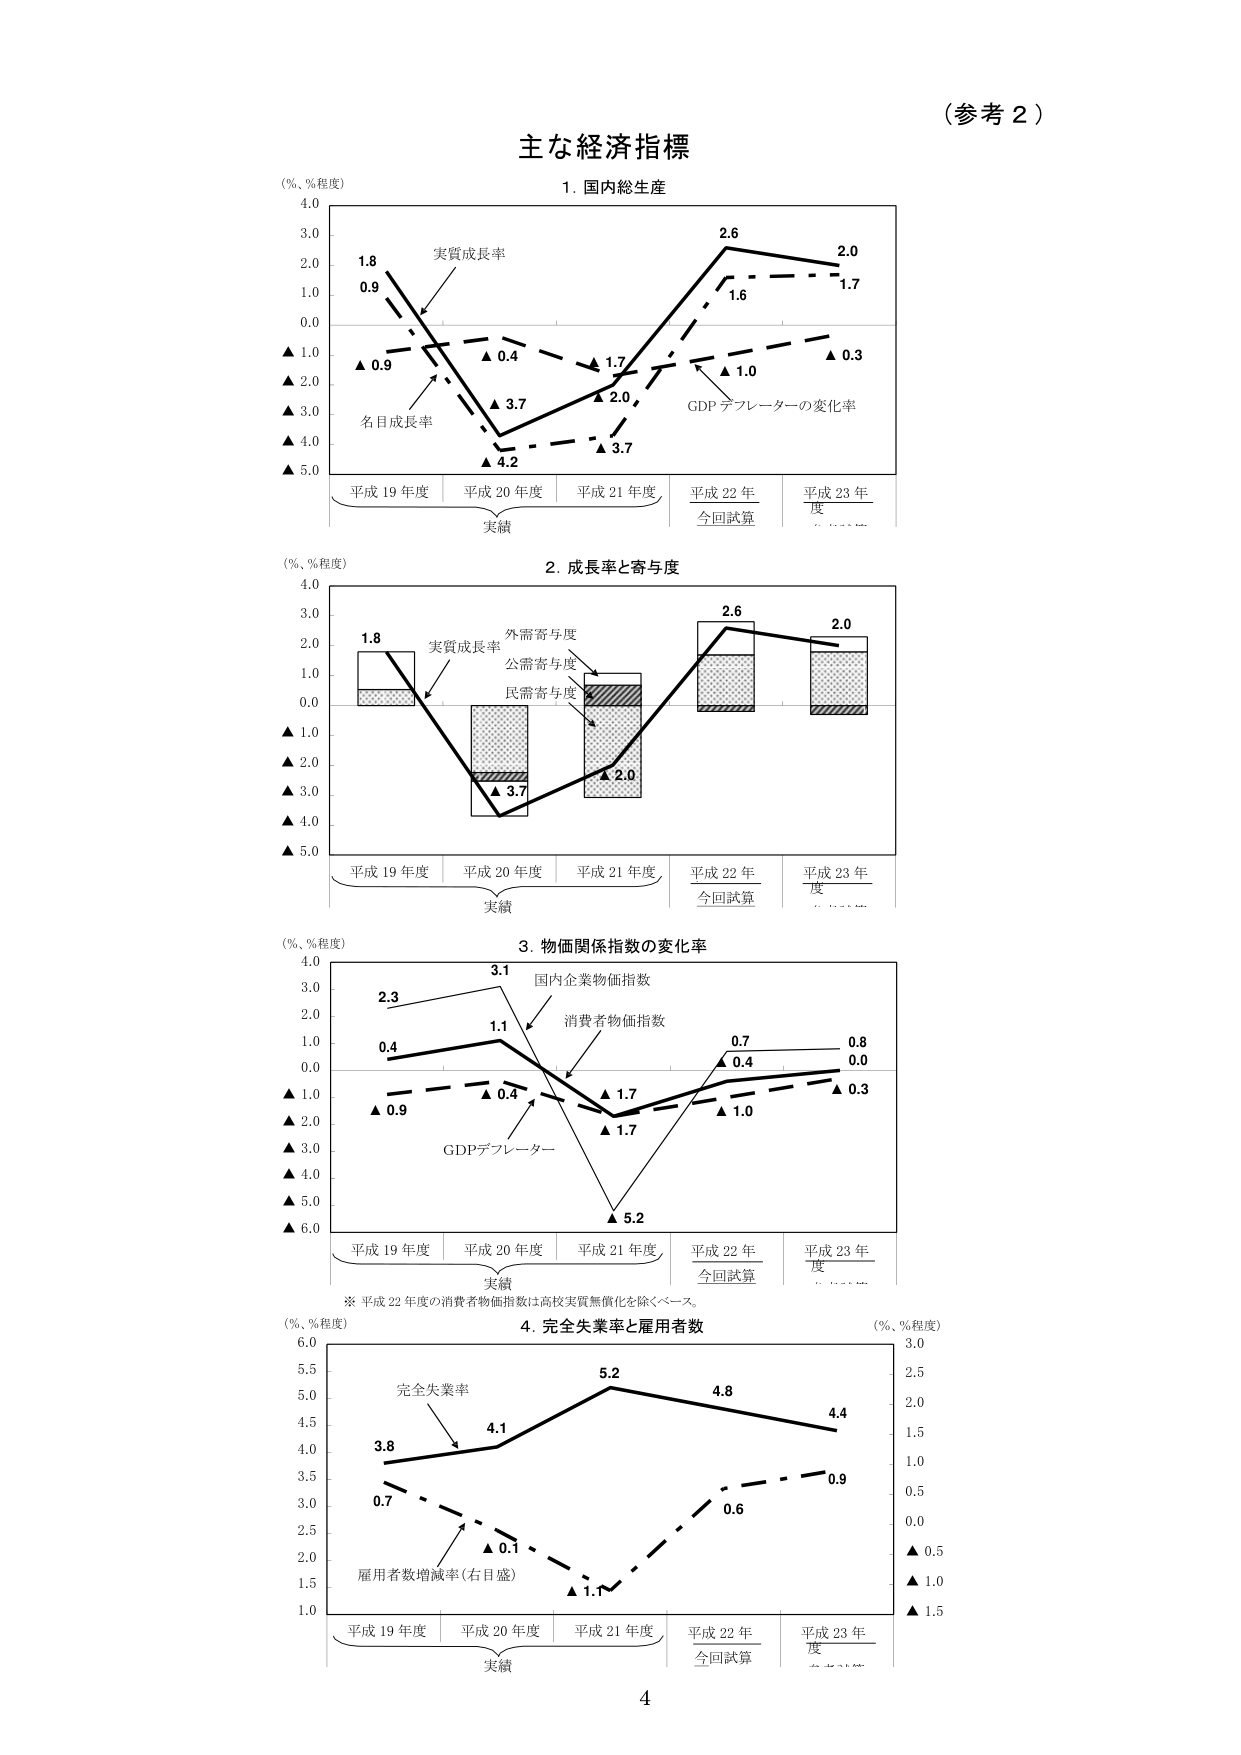
(参考 2)

主な経済指標

1. 国内総生産
(%, %程度)
4.0
3.0
2.0
1.0
0.0
▲ 1.0
▲ 2.0
▲ 3.0
▲ 4.0
▲ 5.0
1.8
0.9
実質成長率
▲ 0.9
名目成長率
▲ 0.4
▲ 1.7
▲ 2.0
▲ 3.7
▲ 4.2
▲ 3.7
2.6
1.6
GDP デフレーターの変化率
▲ 1.0
▲ 0.3
2.0
1.7
平成 19 年度 平成 20 年度 平成 21 年度 平成 22 年度 平成 23 年度
実績 今回試算

2. 成長率と寄与度
(%, %程度)
4.0
3.0
2.0
1.0
0.0
▲ 1.0
▲ 2.0
▲ 3.0
▲ 4.0
▲ 5.0
1.8
実質成長率
外需寄与度
公需寄与度
民需寄与度
▲ 3.7
▲ 2.0
2.6
2.0
平成 19 年度 平成 20 年度 平成 21 年度 平成 22 年度 平成 23 年度
実績 今回試算

3. 物価関係指数の変化率
(%, %程度)
4.0
3.0
2.0
1.0
0.0
▲ 1.0
▲ 2.0
▲ 3.0
▲ 4.0
▲ 5.0
▲ 6.0
2.3
0.4
3.1
1.1
国内企業物価指数
消費者物価指数
▲ 0.9
▲ 0.4
▲ 1.7
▲ 1.7
GDPデフレーター
▲ 5.2
0.7
0.4
0.8
0.0
▲ 1.0
▲ 0.3
平成 19 年度 平成 20 年度 平成 21 年度 平成 22 年度 平成 23 年度
実績 今回試算
※ 平成 22 年度の消費者物価指数は高校実質無償化を除くベース。

4. 完全失業率と雇用者数
(%, %程度)
6.0
5.5
5.0
4.5
4.0
3.5
3.0
2.5
2.0
1.5
1.0
3.8
4.1
5.2
4.8
4.4
完全失業率
0.7
0.1
1.1
0.6
0.9
雇用者数増減率（右目盛）
(%, %程度)
3.0
2.5
2.0
1.5
1.0
0.5
0.0
▲ 0.5
▲ 1.0
▲ 1.5
平成 19 年度 平成 20 年度 平成 21 年度 平成 22 年度 平成 23 年度
実績 今回試算

4